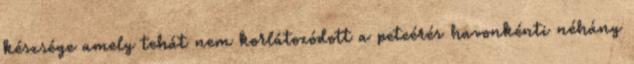
készsége amely tehát nem korlátozódott a peteérés havonkénti néhány